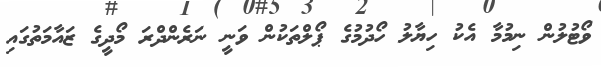
ވޯޓުލުން ނިމުމާ އެކު ހިޔާލު ހޯދުމުގެ ޕޯލްތަކުން ވަނީ ނަރެންދްރަ މޯދީގެ ޒައާމަތުގައި